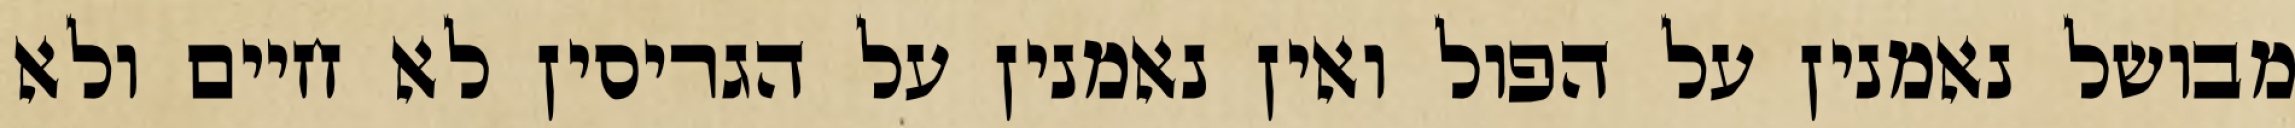
מבושל נאמנין על הפול ואין נאמנין על הגריסין לא חיים ולא